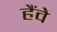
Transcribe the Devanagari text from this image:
हैंवे